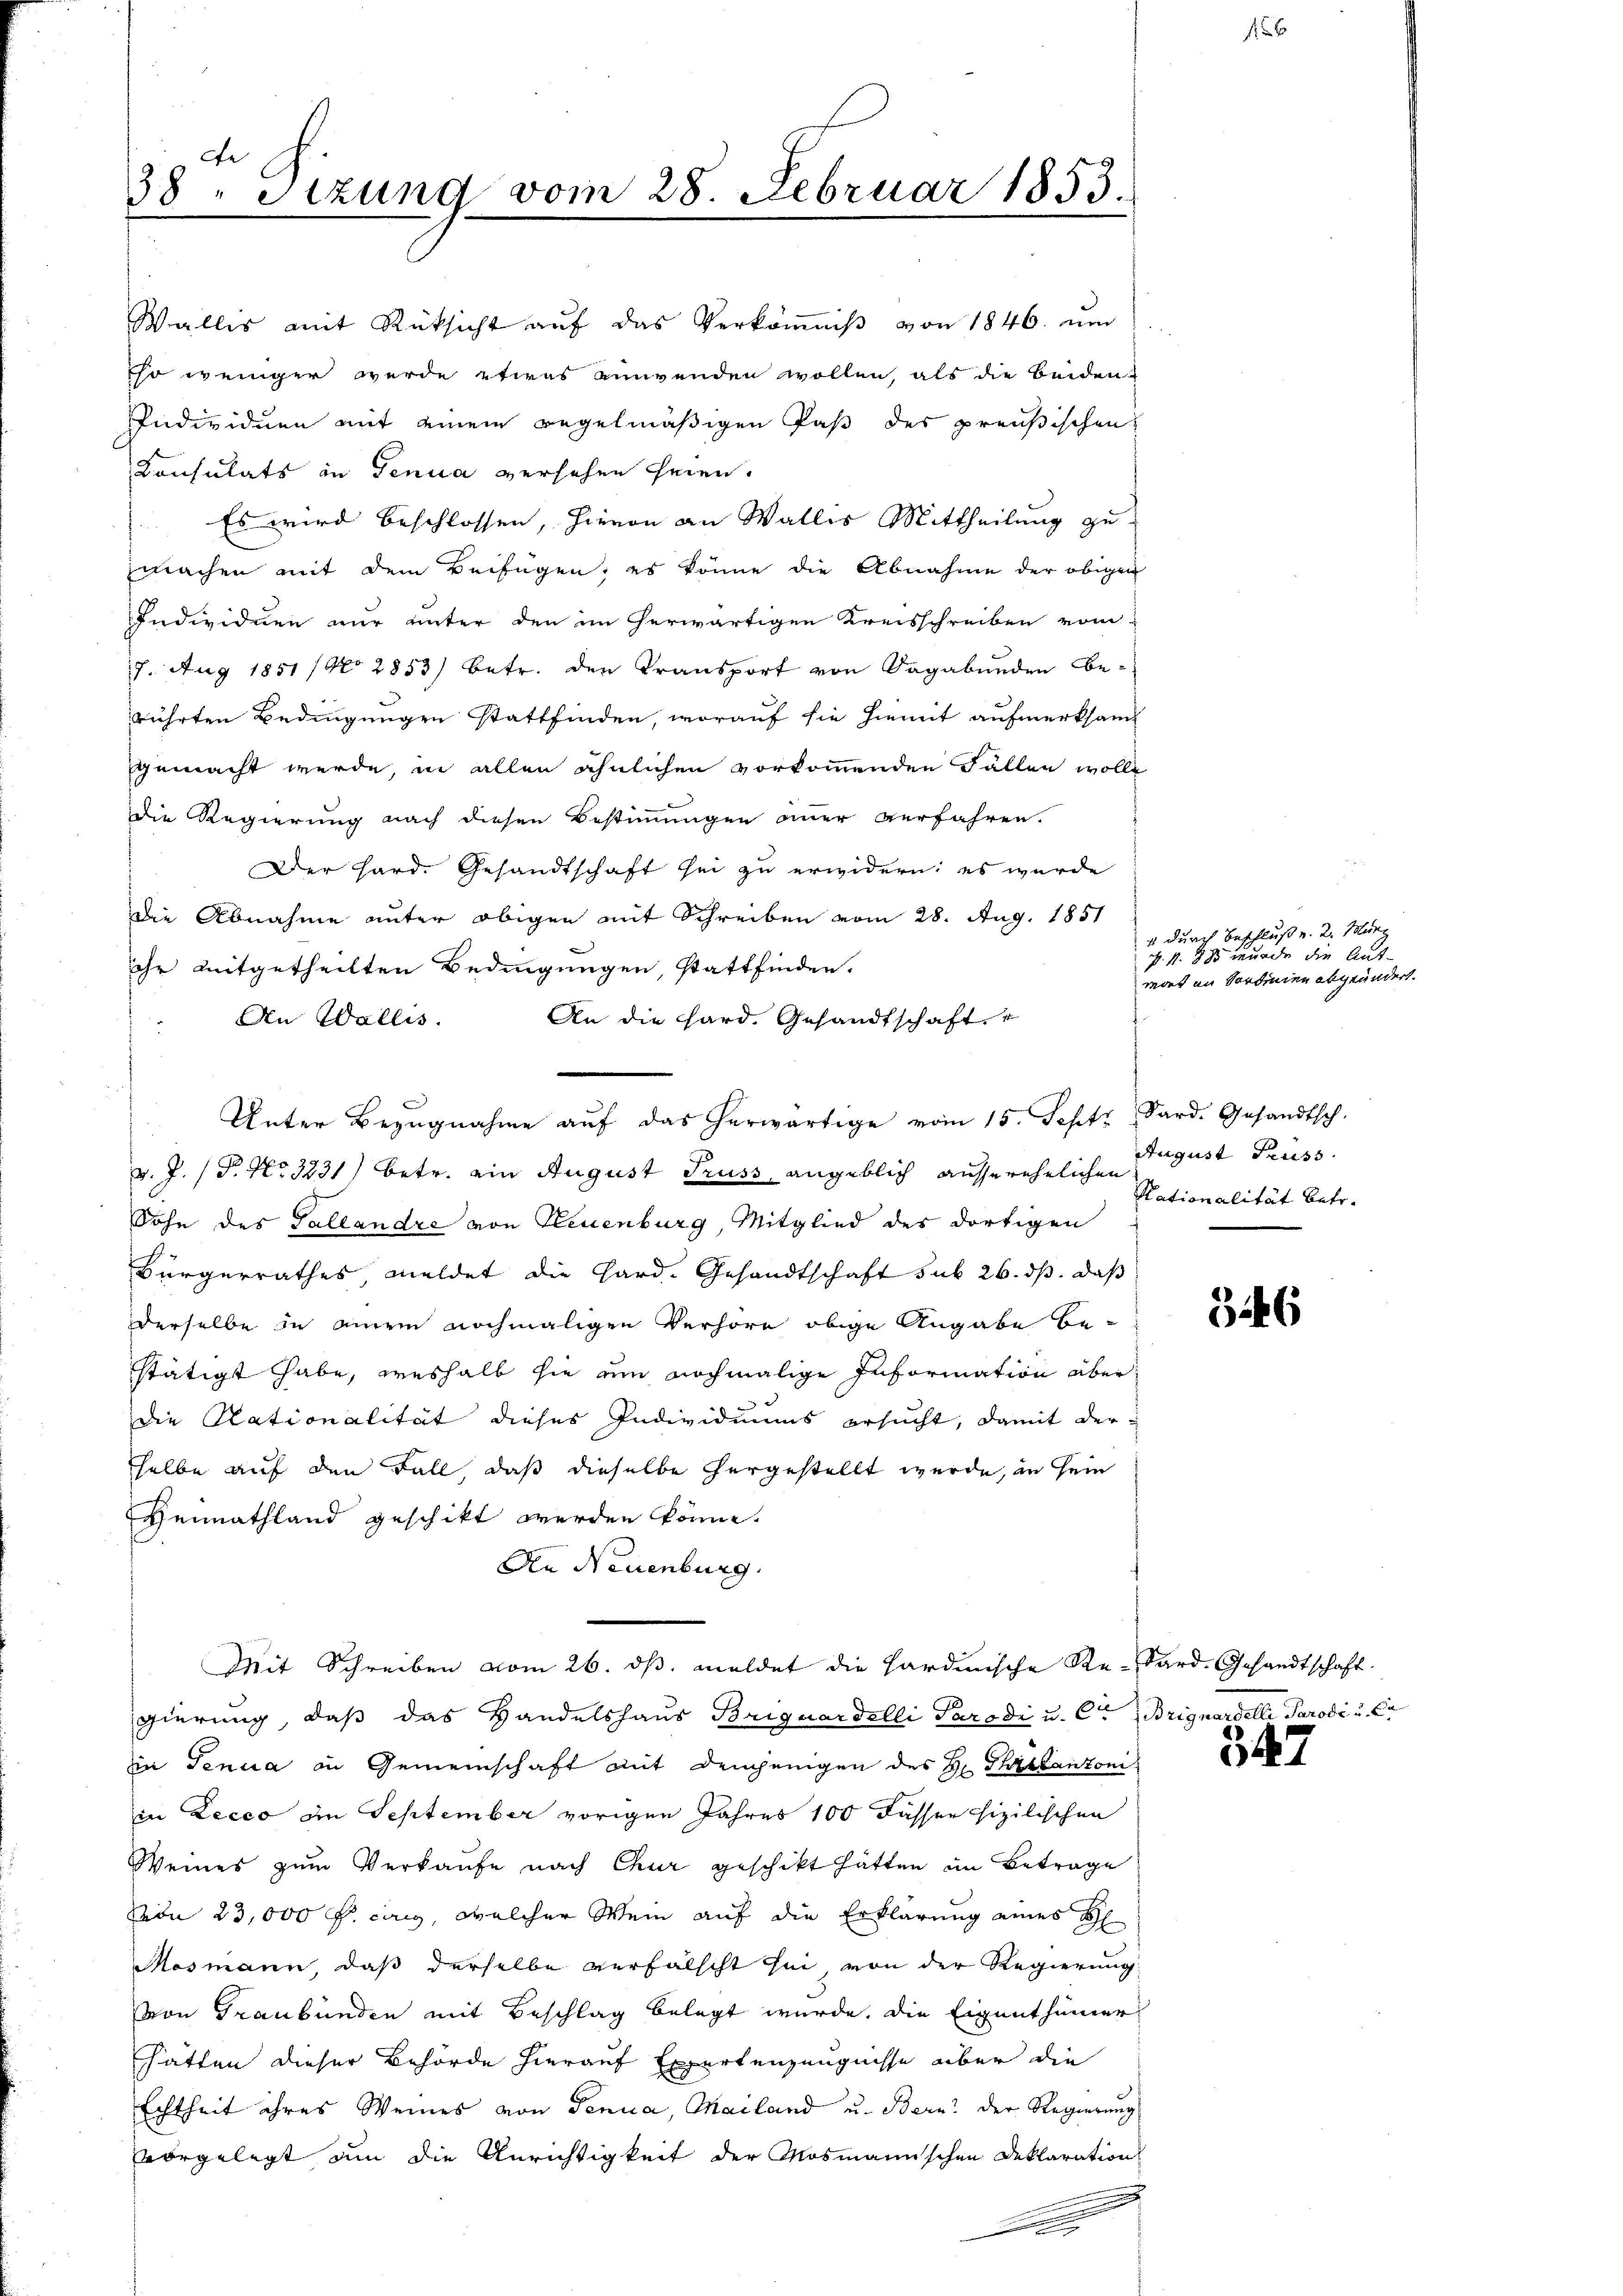
ce
38. Sitzung vom 28. Februar 1853.

v.J. (T. No 3231) betr. ein August Gruss, angeblich ausserehelichen
Sohn des Tallandre von Neuenburg, Mitglied des dortigen
Bürgerrathes, meldet die Hard-Gesandtschaft sub 26. ds. daß
derselbe in einem nochmaligen Verhöre obige Angabe be-
stätigt habe, weshalb sie um nochmalige Information über
die Rationalität dieses Individuums ersucht, damit der-
selbe auf den Fall, daß dieselbe hergestellt wurde, in sein
Heimathland geschikt werden könne.
An Neuenburg.
Mit Schreiben vom 26. ds. meldet die Hardinische Re-Sard. Gesandtschaft
gierung, daß das Handelshaus Briguardelli Paradi u. Ce Brignardelli Parodi u. Cr
in Tenua in Gemeinschaft mit demjenigen des H. Tricantoni
in Lecco in September vorigen Jahres 100 dassercizilischen
Weines zum Verkaufe nach Chur geschickt hätten im Betrage
von 23,000 f. lang, welcher Wein auf die Erklärung eines H
Mosmann, daß derselbe verfälscht sei, von der Regierung
von Graubünden mit Beschlag belegt wurde, die Eigenthümer
hätten dieser Behörde hierauf Expertenzeugnisse über die
Echtheit ihres Weines von Genua, Mailand u. Bern der Regierŭng
vorgelegt an die Anrichtigkeit der Mosmannschen Deklaration

Wallis mit Rüksicht auf das Verkomniß von 1846. um
Eso weniger wurde etwas einwenden wollen, als die beident
Individuen mit einem regelmäßigen Paß des preußischen
Consulats in Genua versehen seien.
Es wird beschlossen, hievon an Wallis Mittheilung zumachen mit dem Beifügen, es könne die Abnahme der obigen
Individuen nur unter den im erwärtigen Kreisschreiben vom
17. Aug 1851 / No 2853) betr. den Transport von Sagabunden Berührten Bedingungen stattfinden, worauf sie hiemit aufmerksam
gemacht werde, in allen ähnlichen vorkommenden Fällen wolle
die Regierung nach diesen Bestimmungen einer verfahren.
Der Hard. Gesandtschaft sei zu erwidern; es wurde
die Abnahme unter obigen mit Schreiben vom 28. Aug. 1851
Ihr mitgetheilten Bedingungen, stattfinden.
An Wallis.
An die Hard, Gesandtschaft

Unter Bezŭgnahme aŭf das herwärtige vom 15. Sept. Sard. Gesandtsch.

4 durch Beschluß u. 2. März
N. N. 885 wurde die Aus-
mort in Sardinien abgeändert.

August Gruss
Nationalität betr.

f 6

346

547